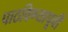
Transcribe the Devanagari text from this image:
पाठविण्यापूर्वी